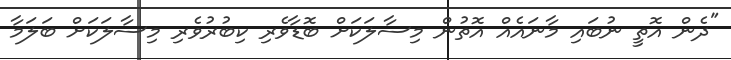
"ދެން އޮތީ ނުބައި މާނައެއް އޮތުން މިސާލަކަށް ބޮޑާވެރި ކިބުރުވެރި މިސާލަކަށް ބަލަމާ